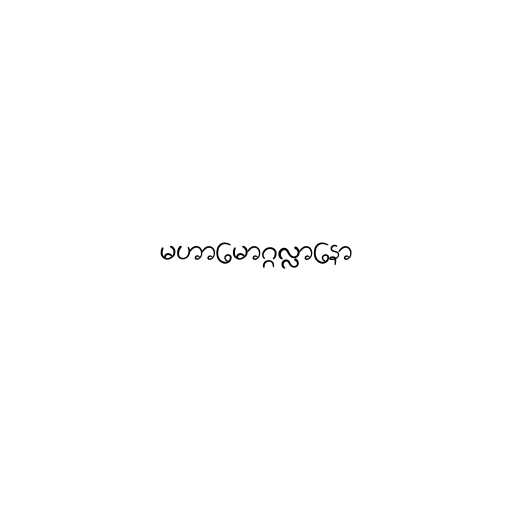
မဟာမောဂ္ဂလ္လာနော